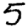
Digit: 5